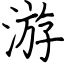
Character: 游